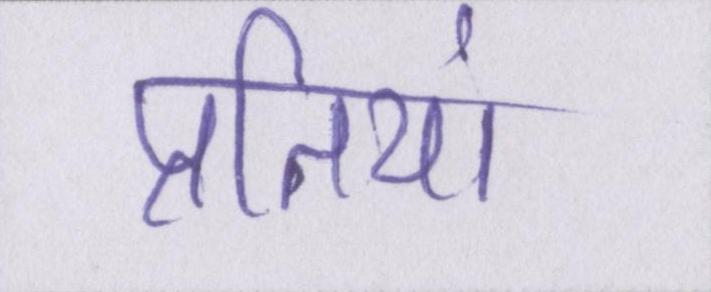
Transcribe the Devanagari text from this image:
प्रतियां